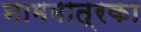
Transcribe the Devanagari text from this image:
नाममात्रका